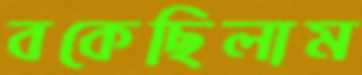
বকেছিলাম